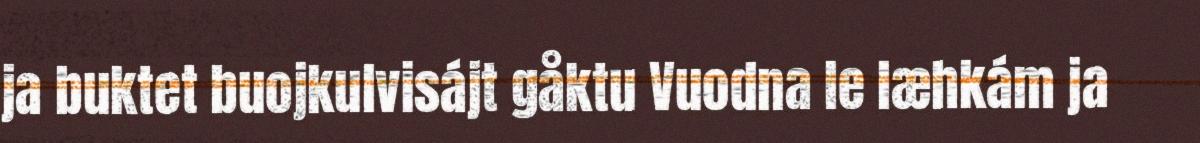
ja buktet buojkulvisájt gåktu Vuodna le læhkám ja